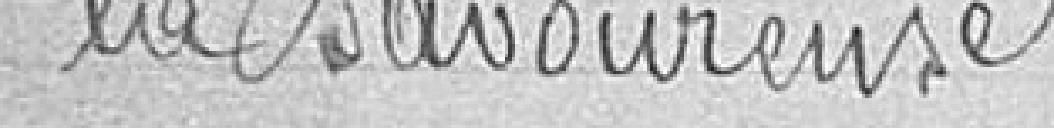
la Savoureuse